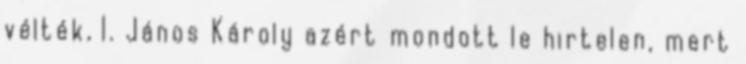
vélték, I. János Károly azért mondott le hirtelen, mert